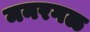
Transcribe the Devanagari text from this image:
मनरगळ